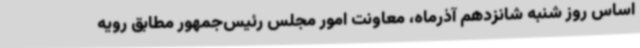
اساس روز شنبه شانزدهم آذرماه، معاونت امور مجلس رئیس‌جمهور مطابق رویه